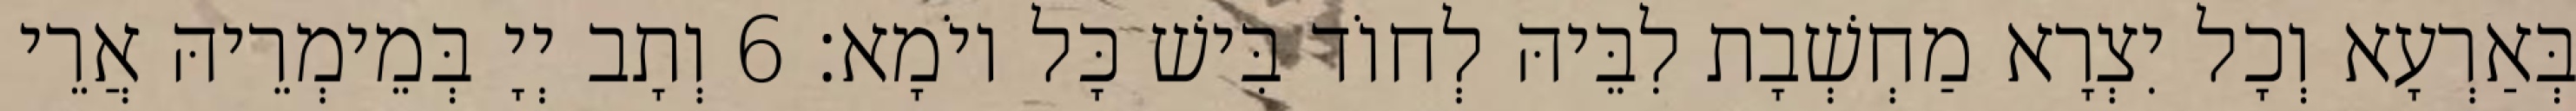
בְּאַרְעָא וְכָל יִצְרָא מַחְשְׁבָת לִבֵּיהּ לְחוֹד בִּישׁ כָּל יוֹמָא׃ 6 וְתָב יְיָ בְּמֵימְרֵיהּ אֲרֵי